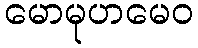
မောမုဟမေဝ